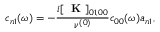
c _ { n 1 } ( \omega ) = - \frac { i [ \mathrm { ~ \bf ~ K ~ } ] _ { 0 1 , 0 0 } } { \nu ^ { ( 0 ) } } c _ { 0 0 } ( \omega ) a _ { n 1 } ,